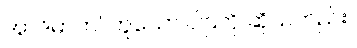
အာဒိမာဟ’ ဟူသော ပါဌ်ကို ဆိုသတည်း။